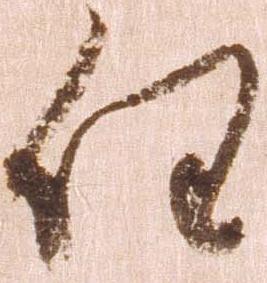
任